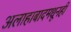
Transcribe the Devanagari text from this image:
अलाहाबादमधूनही